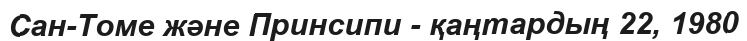
Сан-Томе және Принсипи - қаңтардың 22, 1980